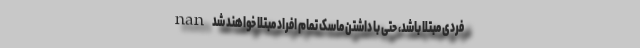
فردی مبتلا باشد، حتی با داشتن ماسک تمام افراد مبتلا خواهند شد nan